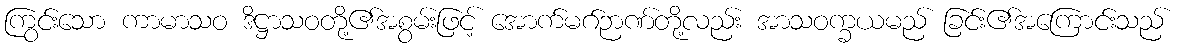
ကြွင်းသော ကာမာသဝ ဒိဋ္ဌာသဝတို့၏အစွမ်းဖြင့် အောက်မဂ်ဉာဏ်တို့လည်း အာသဝက္ခယမည် ခြင်း၏အကြောင်းသည်